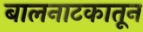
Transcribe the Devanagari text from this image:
बालनाटकातून